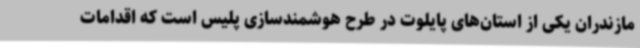
مازندران یکی از استان‌های پایلوت در طرح هوشمندسازی پلیس است که اقدامات